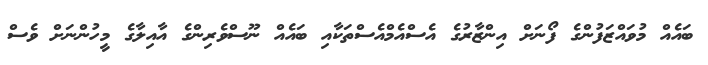
ބައެއް މުވައްޒަފުންގެ ފޯނަށް އިންޒާރުގެ އެސްއެމްއެސްތަކާއި ބައެއް ނޫސްވެރިންގެ އާއިލާގެ މީހުންނަށް ވެސް